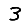
Digit: 3